Lunatic asylums Madras 1877-1891 - 1877-1891
Year: 1877
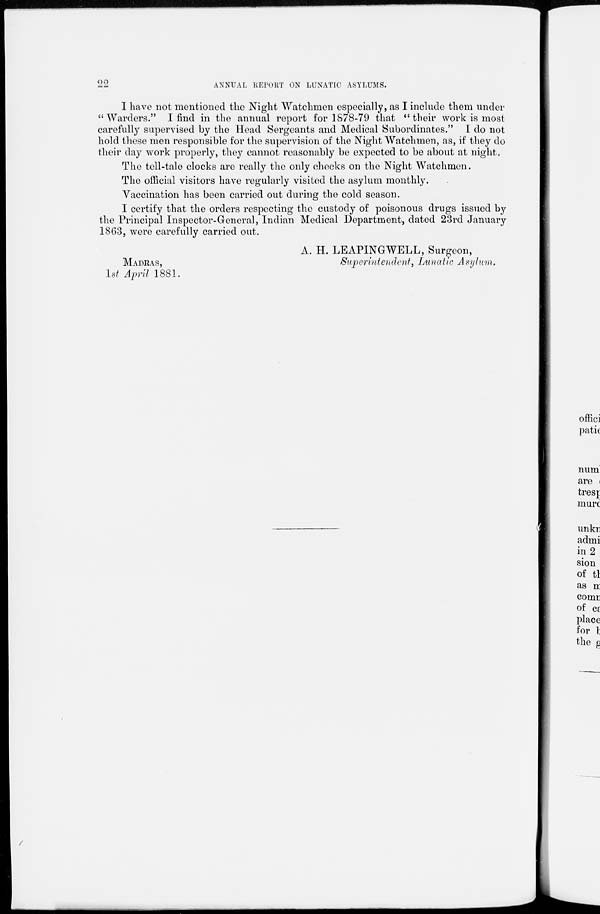
22
ANNUAL REPORT ON LUNATIC ASYLUMS.
I have not mentioned the Night Watchmen especially, as I include them under
"Warders." I find in the annual report for 1878-79 that "their work is most
carefully supervised by the Head Sergeants and Medical Subordinates." I do not
hold these men responsible for the supervision of the Night Watchmen, as, if they do
their day work properly, they cannot reasonably be expected to be about at night.
The tell-tale clocks are really the only checks on the Night Watchmen.
The official visitors have regularly visited the asylum monthly.
Vaccination has been carried out during the cold season.
I certify that the orders respecting the custody of poisonous drugs issued by
the Principal Inspector-General, Indian Medical Department, dated 23rd January
1863, were carefully carried out.
A. H. LEAPINGWELL, Surgeon,
MADRAS,
Superintendent,
Lunatic Asylum.
1st April 1881.